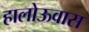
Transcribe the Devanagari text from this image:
हालोऊवास